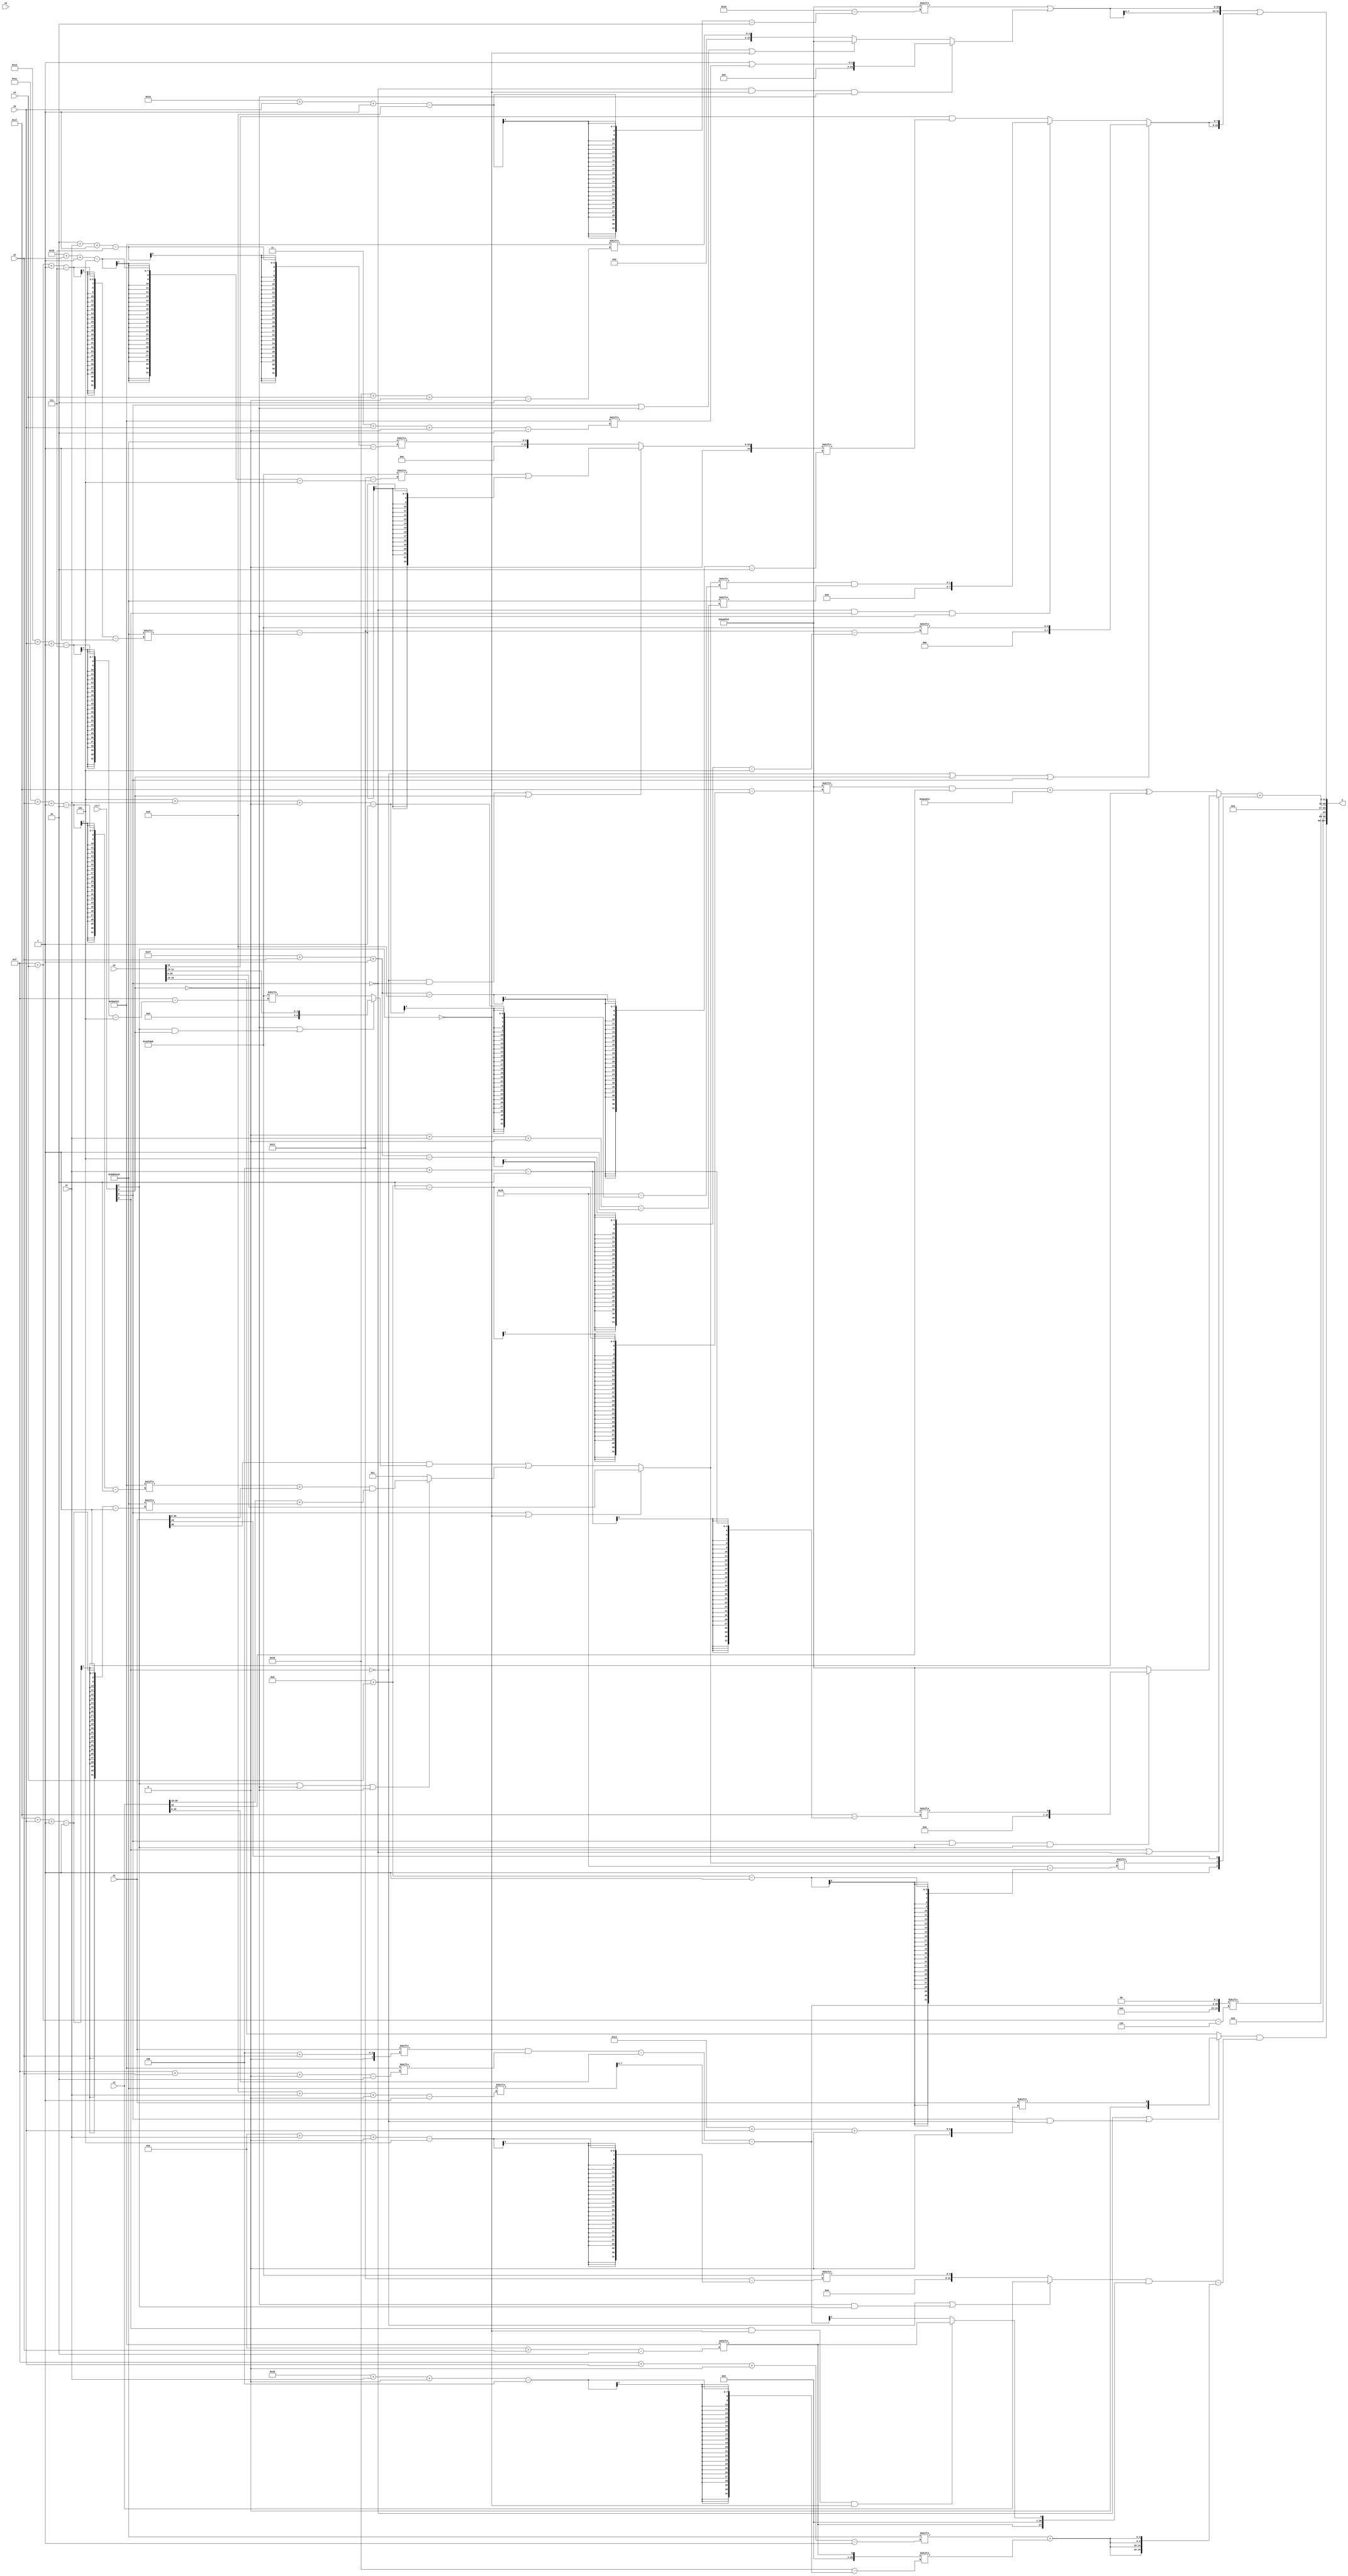
module partsel_00675(ctrl, s0, s1, s2, s3, x0, x1, x2, x3, y);
  input [3:0] ctrl;
  input [2:0] s0;
  input [2:0] s1;
  input [2:0] s2;
  input [2:0] s3;
  input [31:0] x0;
  input [31:0] x1;
  input [31:0] x2;
  input signed [31:0] x3;
  wire signed [24:6] x4;
  wire signed [4:29] x5;
  wire signed [2:28] x6;
  wire signed [1:26] x7;
  wire signed [4:30] x8;
  wire signed [0:31] x9;
  wire [31:1] x10;
  wire [24:1] x11;
  wire [4:30] x12;
  wire signed [30:6] x13;
  wire [26:2] x14;
  wire [30:5] x15;
  output [127:0] y;
  wire signed [31:0] y0;
  wire [31:0] y1;
  wire signed [31:0] y2;
  wire signed [31:0] y3;
  assign y = {y0,y1,y2,y3};
  localparam [26:2] p0 = 140175633;
  localparam [5:26] p1 = 203029928;
  localparam [2:25] p2 = 582672361;
  localparam [31:1] p3 = 164626900;
  assign x4 = ((x2[4 + s2] & p0[15 + s2 +: 5]) - x1);
  assign x5 = {x2[22 + s1 +: 7], x2};
  assign x6 = {x4[13 + s3], p1};
  assign x7 = (ctrl[2] && ctrl[2] || !ctrl[1] ? (ctrl[3] && !ctrl[3] && !ctrl[2] ? p0 : {2{x3}}) : ((x5[9] & (!ctrl[3] || ctrl[1] && ctrl[3] ? x3[10 +: 2] : p1[19 + s0 -: 7])) | (ctrl[1] || !ctrl[3] || !ctrl[3] ? ((p0[28 + s2 -: 2] + x2) & (x1[19 +: 2] + p3[23 + s0 -: 1])) : x6[15 -: 1])));
  assign x8 = (({2{(!ctrl[1] || !ctrl[2] && !ctrl[0] ? x2[23] : {2{p2[6 + s2 +: 3]}})}} + x1[16 +: 2]) + ((p1 + (!ctrl[1] || ctrl[3] || !ctrl[1] ? p1 : (p2[8] - x3[18]))) - p0[29 + s1 +: 8]));
  assign x9 = x7[7 + s2 +: 3];
  assign x10 = {2{p3[8 + s1 +: 8]}};
  assign x11 = (!ctrl[0] && !ctrl[2] || ctrl[3] ? (p1[24 + s2 -: 5] | (p3[13 +: 4] - p3[15 + s3 -: 7])) : p3[2 + s1 -: 7]);
  assign x12 = p0[11 + s2];
  assign x13 = {(x4 - x10[17 -: 4]), p3[16 -: 2]};
  assign x14 = x11;
  assign x15 = (ctrl[2] && ctrl[3] || ctrl[1] ? x3[22 + s3 +: 5] : ((ctrl[3] && !ctrl[1] || !ctrl[2] ? x2[21 -: 4] : p1[23 + s0 +: 7]) ^ p2));
  assign y0 = ((!ctrl[2] || ctrl[2] && !ctrl[0] ? x2[20 + s0 +: 1] : x3[16 -: 2]) & (((!ctrl[0] || !ctrl[3] && ctrl[1] ? x1 : p1[11 + s1 +: 5]) & {x12, (ctrl[0] && !ctrl[1] && !ctrl[1] ? x12 : x13[10])}) - {2{{2{(p3[15 + s0 +: 5] + x12[27 + s1 +: 5])}}}}));
  assign y1 = x13[15 + s3];
  assign y2 = ((ctrl[0] || ctrl[0] || !ctrl[2] ? (ctrl[2] && ctrl[1] && ctrl[1] ? p2[4 + s1] : p2) : (((p2[13 + s3] & x1[22 -: 1]) + p0) ^ p2[8])) + {{p2[8], x7[13 + s3]}, x2[15 +: 1]});
  assign y3 = ({2{(p2[26 + s0 -: 8] | (!ctrl[2] && !ctrl[1] && !ctrl[3] ? (p1[8 +: 3] | p0[3 + s0 +: 4]) : (ctrl[2] || !ctrl[3] || !ctrl[1] ? p2 : p0[22 + s3 +: 2])))}} | {2{(!ctrl[0] || ctrl[3] || ctrl[2] ? p1[31 + s2 -: 5] : (!ctrl[2] && ctrl[0] && !ctrl[3] ? (x7[5 + s1 +: 1] & p3[0 + s1 +: 2]) : (x3[16 +: 1] & x14[31 + s2 -: 8])))}});
endmodule